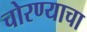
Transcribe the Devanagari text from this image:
चोरण्याचा